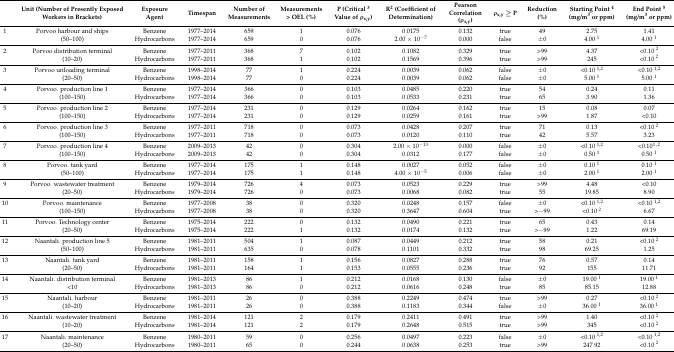
<table><thead><tr><td></td><td><b>Unit (Number of Presently Exposed Workers in Brackets)</b></td><td><b>Exposure Agent</b></td><td><b>Timespan</b></td><td><b>Number of Measurements</b></td><td><b>Measurements &gt; OEL (%)</b></td><td><b>P (Critical <sup>3</sup> Value of ρ<sub>x,y</sub>)</b></td><td><b>R<sup>2</sup> (Coefficient of Determination)</b></td><td><b>Pearson Correlation (ρ<sub>x,y</sub>)</b></td><td><b>ρ<sub>x,y</sub> ≥ P</b></td><td><b>Reduction (%)</b></td><td><b>Starting Point <sup>4</sup> (mg/m<sup>3</sup> or ppm)</b></td><td><b>End Point <sup>5</sup> (mg/m<sup>3</sup> or ppm)</b></td></tr></thead><tbody><tr><td>1</td><td>Porvoo harbour and ships</td><td>Benzene</td><td>1977–2014</td><td>659</td><td>1</td><td>0.076</td><td>0.0175</td><td>0.132</td><td>true</td><td>49</td><td>2.75</td><td>1.41</td></tr><tr><td></td><td>(50–100)</td><td>Hydrocarbons</td><td>1977–2014</td><td>659</td><td>0</td><td>0.076</td><td>2.00 × 10<sup>−7</sup></td><td>0.000</td><td>false</td><td>±0</td><td>4.00 <sup>1</sup></td><td>4.00 <sup>1</sup></td></tr><tr><td>2</td><td>Porvoo distribution terminal</td><td>Benzene</td><td>1977–2011</td><td>368</td><td>7</td><td>0.102</td><td>0.1082</td><td>0.329</td><td>true</td><td>&gt;99</td><td>4.37</td><td>&lt;0.10 <sup>2</sup></td></tr><tr><td></td><td>(10–20)</td><td>Hydrocarbons</td><td>1977–2011</td><td>368</td><td>1</td><td>0.102</td><td>0.1569</td><td>0.396</td><td>true</td><td>&gt;99</td><td>245</td><td>&lt;0.10 <sup>2</sup></td></tr><tr><td>3</td><td>Porvoo unloading terminal</td><td>Benzene</td><td>1998–2014</td><td>77</td><td>1</td><td>0.224</td><td>0.0039</td><td>0.062</td><td>false</td><td>±0</td><td>&lt;0.10 <sup>1,2</sup></td><td>&lt;0.10 <sup>1,2</sup></td></tr><tr><td></td><td>(20–50)</td><td>Hydrocarbons</td><td>1998–2014</td><td>77</td><td>0</td><td>0.224</td><td>0.0039</td><td>0.062</td><td>false</td><td>±0</td><td>5.00 <sup>1</sup></td><td>5.00 <sup>1</sup></td></tr><tr><td>4</td><td>Porvoo. production line 1</td><td>Benzene</td><td>1977–2014</td><td>366</td><td>0</td><td>0.103</td><td>0.0485</td><td>0.220</td><td>true</td><td>54</td><td>0.24</td><td>0.11</td></tr><tr><td></td><td>(100–150)</td><td>Hydrocarbons</td><td>1977–2014</td><td>366</td><td>0</td><td>0.103</td><td>0.0533</td><td>0.231</td><td>true</td><td>65</td><td>3.90</td><td>1.36</td></tr><tr><td>5</td><td>Porvoo. production line 2</td><td>Benzene</td><td>1977–2014</td><td>231</td><td>0</td><td>0.129</td><td>0.0264</td><td>0.162</td><td>true</td><td>15</td><td>0.08</td><td>0.07</td></tr><tr><td></td><td>(100–150)</td><td>Hydrocarbons</td><td>1977–2014</td><td>231</td><td>0</td><td>0.129</td><td>0.0259</td><td>0.161</td><td>true</td><td>&gt;99</td><td>1.87</td><td>&lt;0.10</td></tr><tr><td>6</td><td>Porvoo. production line 3</td><td>Benzene</td><td>1977–2011</td><td>718</td><td>0</td><td>0.073</td><td>0.0428</td><td>0.207</td><td>true</td><td>71</td><td>0.13</td><td>&lt;0.10 <sup>2</sup></td></tr><tr><td></td><td>(100–150)</td><td>Hydrocarbons</td><td>1977–2011</td><td>718</td><td>0</td><td>0.073</td><td>0.0120</td><td>0.110</td><td>true</td><td>42</td><td>5.57</td><td>3.23</td></tr><tr><td>7</td><td>Porvoo. production line 4</td><td>Benzene</td><td>2009–2013</td><td>42</td><td>0</td><td>0.304</td><td>2.00 × 10<sup>−13</sup></td><td>0.000</td><td>false</td><td>±0</td><td>&lt;0.10 <sup>1,2</sup></td><td>&lt;0.10<sup>1 ,2</sup></td></tr><tr><td></td><td>(100–150)</td><td>Hydrocarbons</td><td>2009–2013</td><td>42</td><td>0</td><td>0.304</td><td>0.0312</td><td>0.177</td><td>false</td><td>±0</td><td>0.50 <sup>1</sup></td><td>0.50 <sup>1</sup></td></tr><tr><td>8</td><td>Porvoo. tank yard</td><td>Benzene</td><td>1977–2014</td><td>175</td><td>1</td><td>0.148</td><td>0.0027</td><td>0.052</td><td>false</td><td>±0</td><td>0.10 <sup>1</sup></td><td>0.10 <sup>1</sup></td></tr><tr><td></td><td>(50–100)</td><td>Hydrocarbons</td><td>1977–2014</td><td>175</td><td>1</td><td>0.148</td><td>4.00 × 10<sup>−5</sup></td><td>0.006</td><td>false</td><td>±0</td><td>2.00 <sup>1</sup></td><td>2.00 <sup>1</sup></td></tr><tr><td>9</td><td>Porvoo. wastewater treatment</td><td>Benzene</td><td>1979–2014</td><td>726</td><td>4</td><td>0.073</td><td>0.0523</td><td>0.229</td><td>true</td><td>&gt;99</td><td>4.48</td><td>&lt;0.10</td></tr><tr><td></td><td>(20–50)</td><td>Hydrocarbons</td><td>1979–2014</td><td>726</td><td>0</td><td>0.073</td><td>0.0068</td><td>0.082</td><td>true</td><td>55</td><td>19.85</td><td>8.90</td></tr><tr><td>10</td><td>Porvoo. maintenance</td><td>Benzene</td><td>1977–2008</td><td>38</td><td>0</td><td>0.320</td><td>0.0248</td><td>0.157</td><td>false</td><td>±0</td><td>&lt;0.10 <sup>1,2</sup></td><td>&lt;0.10 <sup>1,2</sup></td></tr><tr><td></td><td>(100–150)</td><td>Hydrocarbons</td><td>1977–2008</td><td>38</td><td>0</td><td>0.320</td><td>0.3647</td><td>0.604</td><td>true</td><td>&gt;−99</td><td>&lt;0.10 <sup>2</sup></td><td>6.67</td></tr><tr><td>11</td><td>Porvoo. Technology center</td><td>Benzene</td><td>1975–2014</td><td>222</td><td>0</td><td>0.132</td><td>0.0490</td><td>0.221</td><td>true</td><td>65</td><td>0.43</td><td>0.14</td></tr><tr><td></td><td>(20–50)</td><td>Hydrocarbons</td><td>1975–2014</td><td>222</td><td>1</td><td>0.132</td><td>0.0174</td><td>0.132</td><td>true</td><td>&gt;−99</td><td>1.22</td><td>69.19</td></tr><tr><td>12</td><td>Naantali. production line 5</td><td>Benzene</td><td>1981–2011</td><td>504</td><td>1</td><td>0.087</td><td>0.0449</td><td>0.212</td><td>true</td><td>58</td><td>0.21</td><td>&lt;0.10 <sup>2</sup></td></tr><tr><td></td><td>(50–100)</td><td>Hydrocarbons</td><td>1981–2011</td><td>635</td><td>0</td><td>0.078</td><td>0.1101</td><td>0.332</td><td>true</td><td>98</td><td>69.25</td><td>1.25</td></tr><tr><td>13</td><td>Naantali. tank yard</td><td>Benzene</td><td>1981–2011</td><td>158</td><td>1</td><td>0.156</td><td>0.0827</td><td>0.288</td><td>true</td><td>76</td><td>0.57</td><td>0.14</td></tr><tr><td></td><td>(20–50)</td><td>Hydrocarbons</td><td>1981–2011</td><td>164</td><td>1</td><td>0.153</td><td>0.0555</td><td>0.236</td><td>true</td><td>92</td><td>155</td><td>11.71</td></tr><tr><td>14</td><td>Naantali. distribution terminal</td><td>Benzene</td><td>1981–2013</td><td>86</td><td>1</td><td>0.212</td><td>0.0168</td><td>0.130</td><td>false</td><td>±0</td><td>19.00 <sup>1</sup></td><td>19.00 <sup>1</sup></td></tr><tr><td></td><td>&lt;10</td><td>Hydrocarbons</td><td>1981–2013</td><td>86</td><td>0</td><td>0.212</td><td>0.0616</td><td>0.248</td><td>true</td><td>85</td><td>85.15</td><td>12.88</td></tr><tr><td>15</td><td>Naantali. harbour</td><td>Benzene</td><td>1981–2011</td><td>26</td><td>0</td><td>0.388</td><td>0.2249</td><td>0.474</td><td>true</td><td>&gt;99</td><td>0.27</td><td>&lt;0.10 <sup>2</sup></td></tr><tr><td></td><td>(10–20)</td><td>Hydrocarbons</td><td>1981–2011</td><td>26</td><td>0</td><td>0.388</td><td>0.1183</td><td>0.344</td><td>false</td><td>±0</td><td>36.00 <sup>1</sup></td><td>36.00 <sup>1</sup></td></tr><tr><td>16</td><td>Naantali. wastewater treatment</td><td>Benzene</td><td>1981–2014</td><td>121</td><td>2</td><td>0.179</td><td>0.2411</td><td>0.491</td><td>true</td><td>&gt;99</td><td>1.40</td><td>&lt;0.10 <sup>2</sup></td></tr><tr><td></td><td>(10–20)</td><td>Hydrocarbons</td><td>1981–2014</td><td>121</td><td>2</td><td>0.179</td><td>0.2648</td><td>0.515</td><td>true</td><td>&gt;99</td><td>345</td><td>&lt;0.10 <sup>2</sup></td></tr><tr><td>17</td><td>Naantali. maintenance</td><td>Benzene</td><td>1980–2011</td><td>59</td><td>0</td><td>0.256</td><td>0.0497</td><td>0.223</td><td>false</td><td>±0</td><td>&lt;0.10 <sup>1,2</sup></td><td>&lt;0.10 <sup>1,2</sup></td></tr><tr><td></td><td>(20–50)</td><td>Hydrocarbons</td><td>1980–2011</td><td>65</td><td>0</td><td>0.244</td><td>0.0638</td><td>0.253</td><td>true</td><td>&gt;99</td><td>247.92</td><td>&lt;0.10 <sup>2</sup></td></tr></tbody></table>